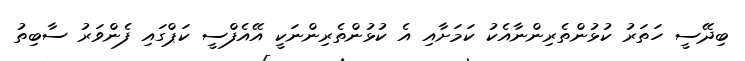
ބިދޭސީ ހަތަރު ކުޅުންތެރިންނާއެކު ކަމަށާއި އެ ކުޅުންތެރިންނަކީ އޭއެފްސީ ކަޕްގައި ފެންވަރު ސާބިތު